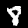
Digit: 8